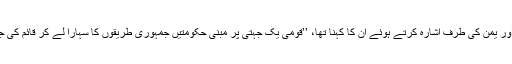
شام اور یمن کی طرف اشارہ کرتے ہوئے ان کا کہنا تھا، ’’قومی یک جہتی پر مبنی حکومتیں جمہوری طریقوں کا سہارا لے کر قائم کی جائیں۔